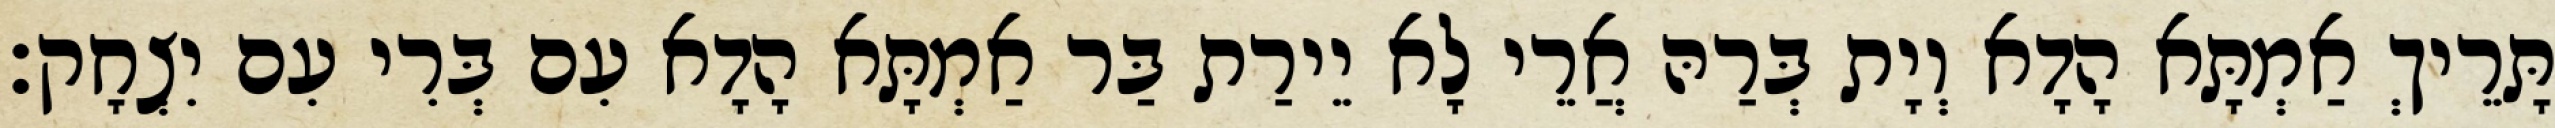
תָּרֵיךְ אַמְתָּא הָדָא וְיָת בְּרַהּ אֲרֵי לָא יֵירַת בַּר אַמְתָּא הָדָא עִם בְּרִי עִם יִצְחָק׃